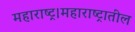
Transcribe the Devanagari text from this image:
महाराष्ट्र।महाराष्ट्रातील